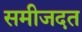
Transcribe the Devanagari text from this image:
समीजदत